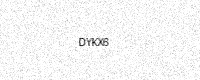
Text: DYKX6